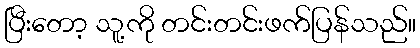
ပြီးတော့ သူ့ကို တင်းတင်းဖက်ပြန်သည်။